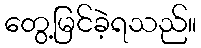
တွေ့မြင်ခဲ့ရသည်။